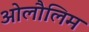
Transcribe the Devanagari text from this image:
ओलौलिम